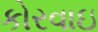
કોરવાઇ